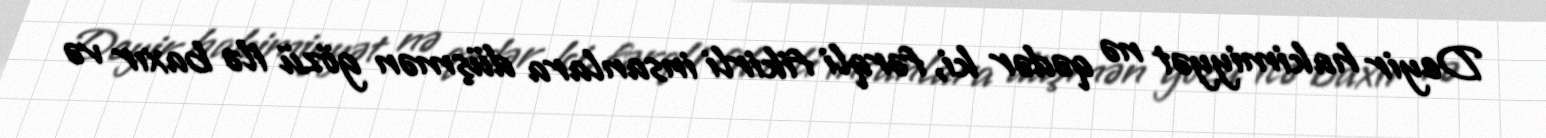
Deyir hakimiyyət nə qədər ki, fərqli fikirli insanlara düşmən gözü ilə baxır və